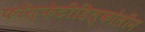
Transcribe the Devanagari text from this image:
फॉस्फेटीडिल्कोलीन